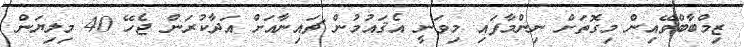
ޒިމްބާބްވޭއިން މިގޮތަށް ނިންމާފައި މިވަނީ އެޤައުމުން ޗައިނާއަށް އަދާކުރަން ޖެހޭ 40 މިލިޔަން